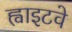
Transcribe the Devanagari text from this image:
ह्वाइटवे